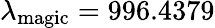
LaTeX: \lambda_{\mathrm{magic}}=996.4379